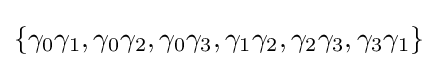
\{\gamma _{0}\gamma _{1},\gamma _{0}\gamma _{2},\gamma _{0}\gamma _{3},\gamma _{1}\gamma _{2},\gamma _{2}\gamma _{3},\gamma _{3}\gamma _{1}\}